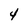
Character: 4